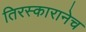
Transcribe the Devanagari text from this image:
तिरस्कारानेच